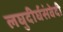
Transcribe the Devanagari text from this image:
लघुदीर्घसंवेदी